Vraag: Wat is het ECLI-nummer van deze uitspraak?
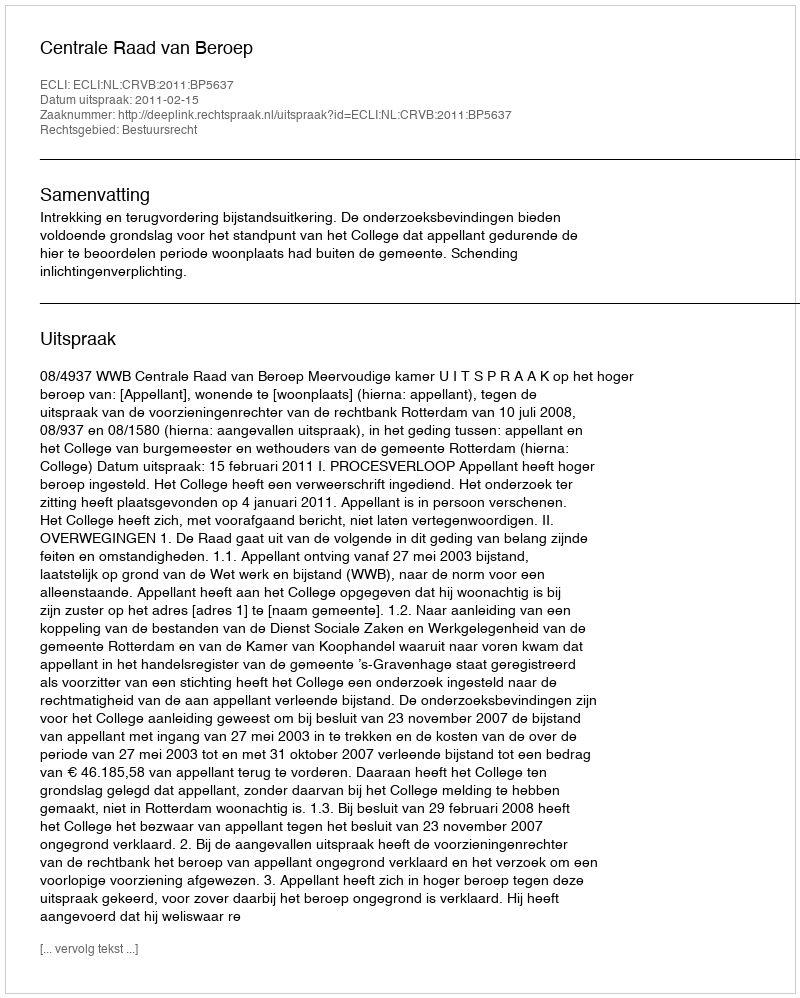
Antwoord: ECLI:NL:CRVB:2011:BP5637